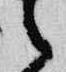
之